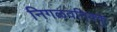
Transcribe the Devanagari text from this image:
निगळवनिक्कु